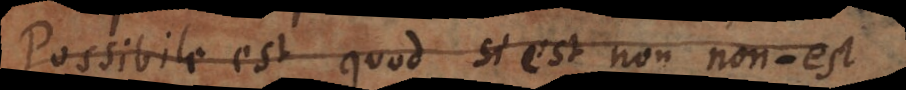
Possibile est quod si est non non-est